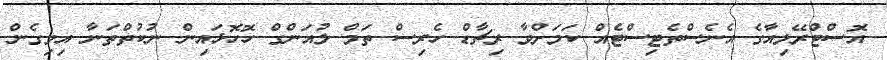
އޮސްޓްރޭލިއާގެ އެނެސްތެޓިސްޓެއް ކަމަށްވާ ރިޗާޑް ހެރިސް ތަމް ލުއަންގް ހޮހޮޅައިން ނުކުތްތަނާ އިވިގެން